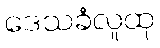
ဒေသခံလူထု